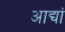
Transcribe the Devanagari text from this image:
आद्यां